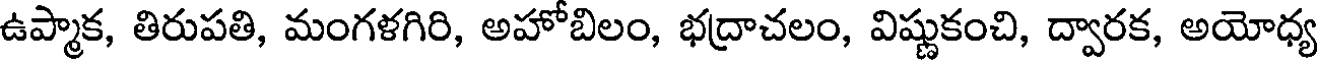
ఉప్మాక, తిరుపతి, మంగళగిరి, అహోబిలం, భద్రాచలం, విష్ణుకంచి, ద్వారక, అయోధ్య